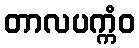
တာလပက္ကံဝ